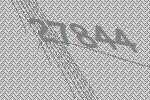
27844